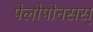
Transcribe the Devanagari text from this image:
पेलोपोनसस्‌